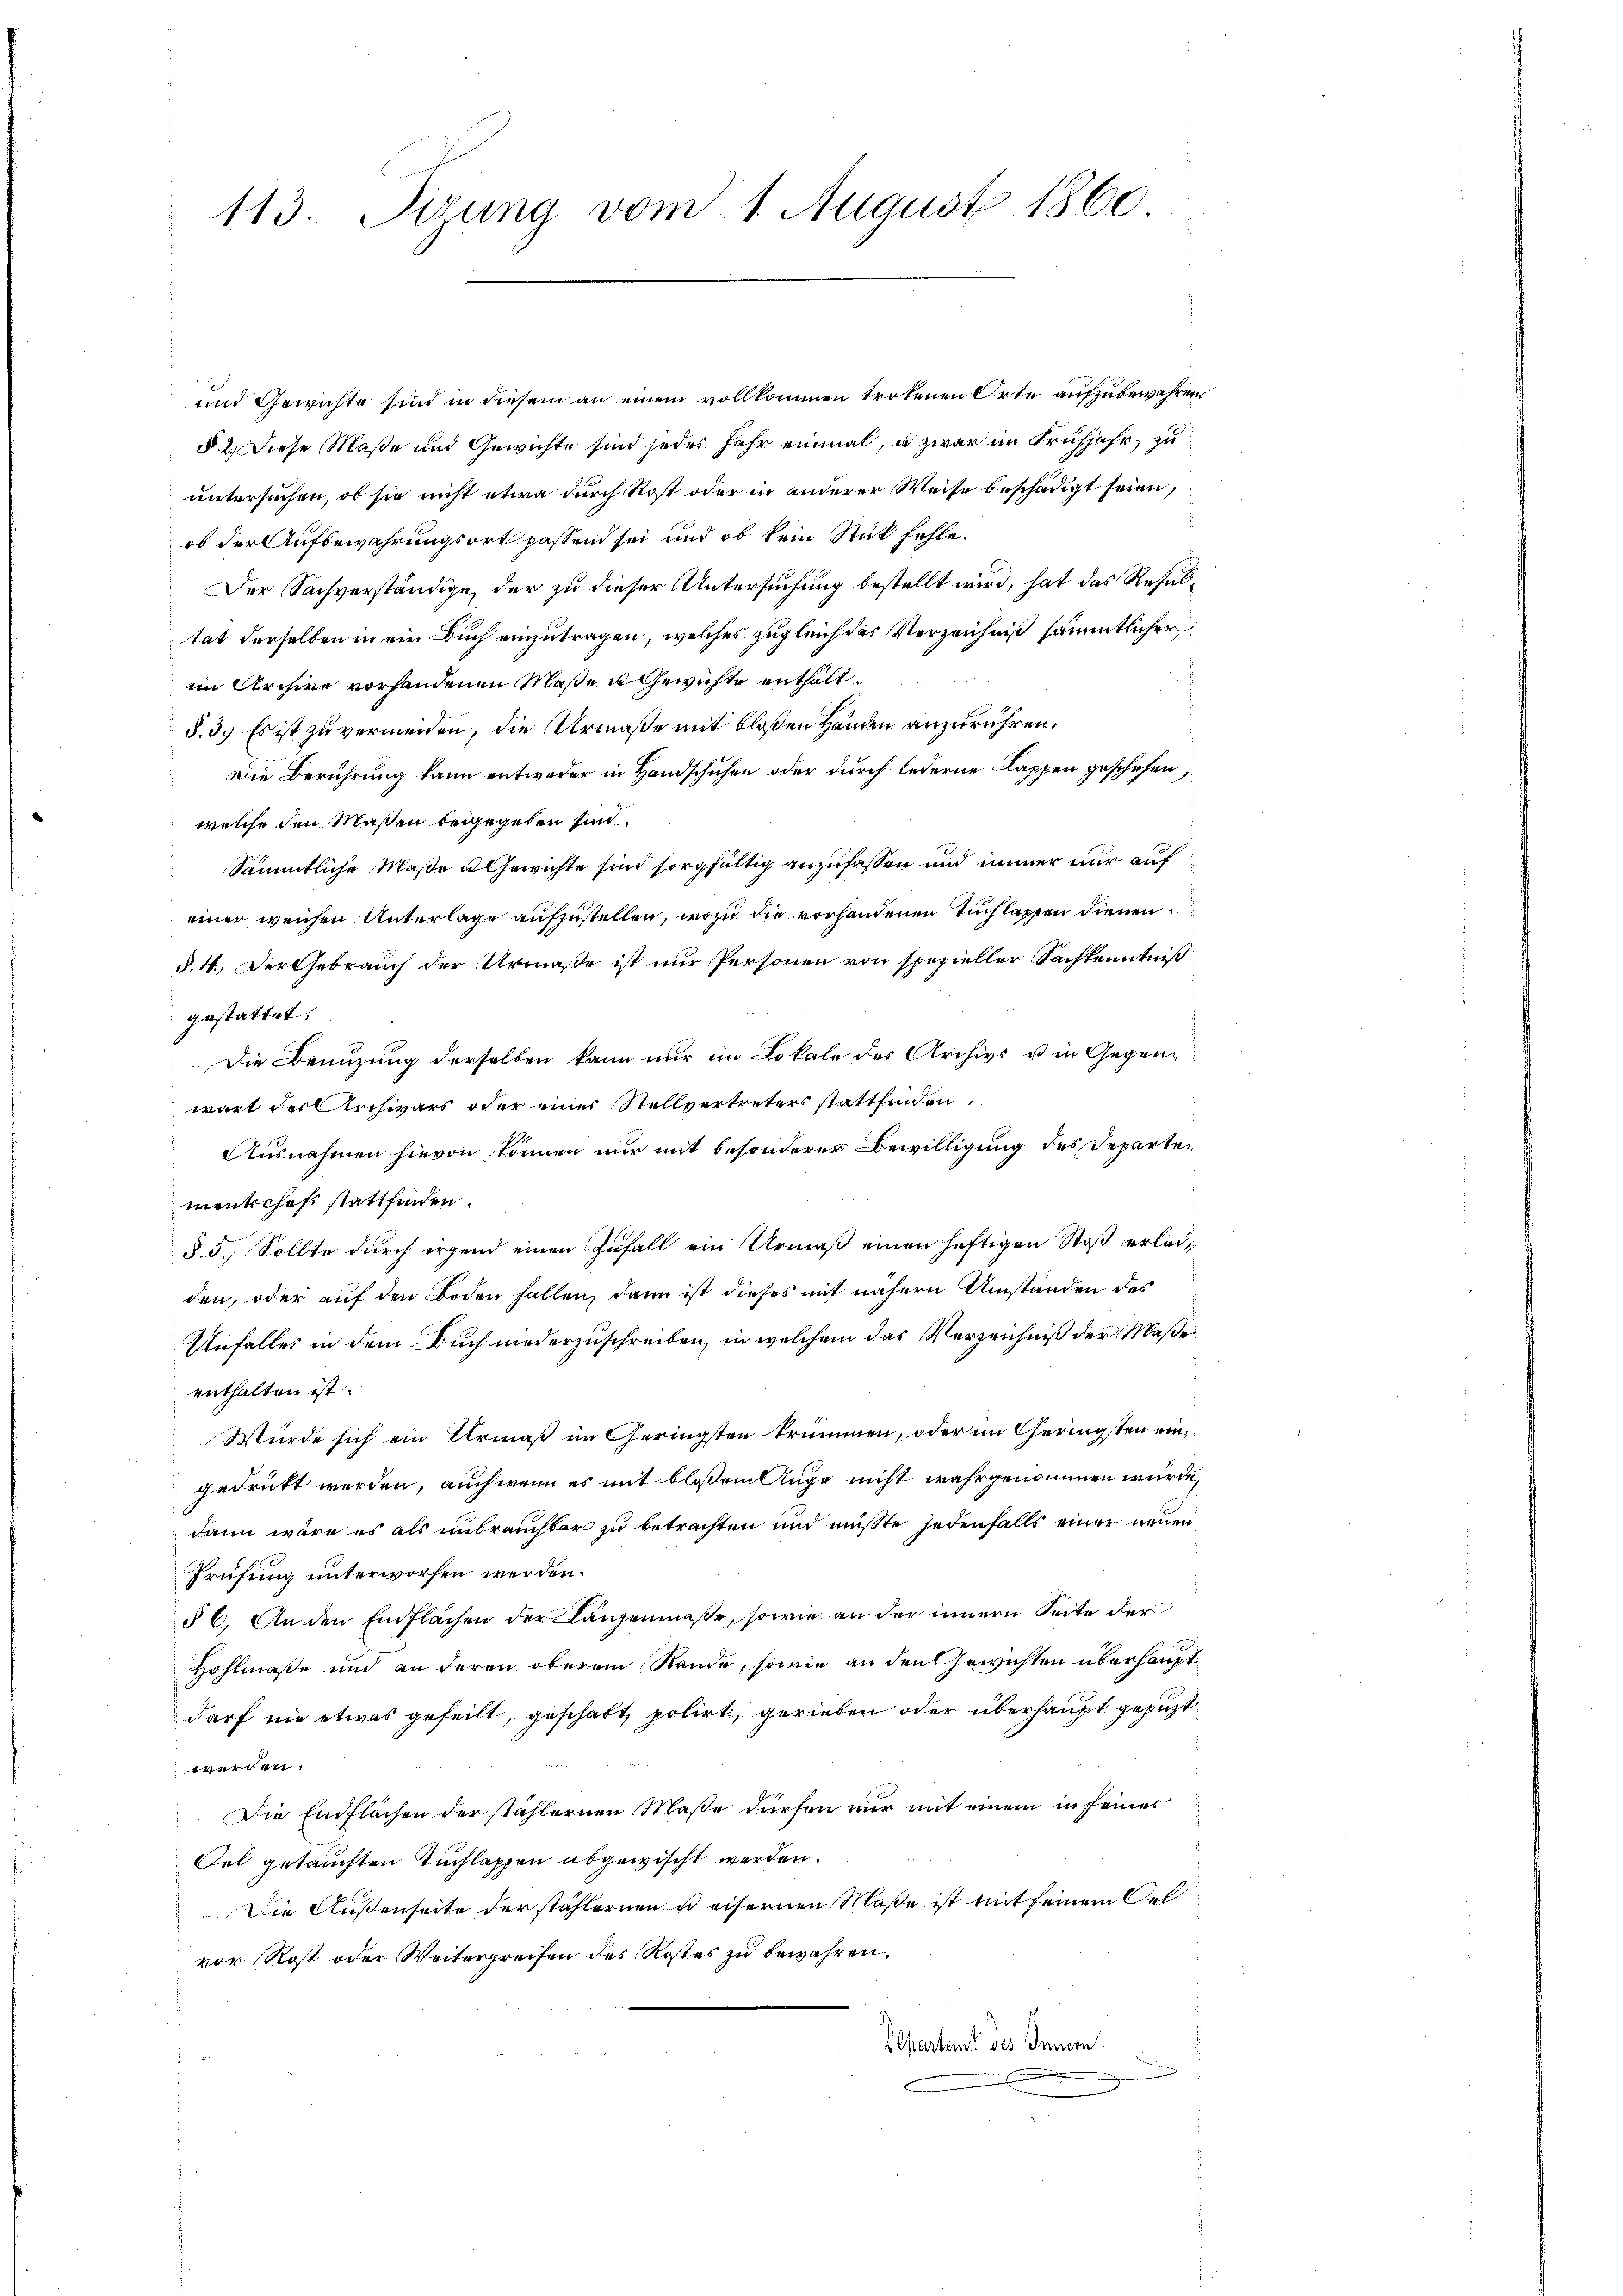
113. Sizung vom 1. August 1860.

und Gewichte sind in diesem an einem vollkommen trotenen Orte aufzubewahren.
§. 2. Diese Maße und Gewichte sind jedes Jahr einmal, u zwar im Frühjahr, zu
untersuchen, ob sie nicht etwa durch Rost oder in anderer Weise beschädigt seien,
ob der Aufbewahrungsort passend sei und ob kein Stück fehle.
Der Sachverständige, der zu dieser Untersuchung bestellt wird, hat das Resultat derselben in ein Buch einzutragen, welches zugleich das Verzeichniß sämmtlicher
im Archive vorhandenen Maße u Gewichte enthalt.
§. 3.) Es ist zu vermeiden, die Urmaße mit bloßen Händen anzurühren.
Die Berührung kann entweder in Handschuhen oder durch lederne Kappen geschehen,
welche den Maßen beigegeben sind.
Sämmtliche Maße u Gewichte sind sorgfältig anzufassen und immer nur auf
einer weichen Unterlage aufzustellen, wozu die vorhandenen Tuchlappen dienen
§. 4. Der Gebrauch der Urmaße ist nur Personen von spezieller Sachkenntniß
gestattet.
Die Brenzung derselben kann nur im Lokale des Archivs u in Gegenwart der Archivars oder einer Stellvertreters stattfinden.
Ausnahmen hievon können nur mit besonderer Bewilligung des Departementchefs stattfinden.
§. 5. Sollte durch irgend einen Zufall ein Urmaß einen heftigen Stoß erleiden, oder auf den Boden fallen, dann ist dieses mit nähern Umständen des
Unfalles in dem Buch niederzuschreiben, in welchem das Verzeichniß der Maße
enthalten ist.
Wurde sich ein Uhrmaß im Geringsten krummen, oder im Geringsten eingedrukt werden, auch wenn es mit bloßem Auge nicht wahrgenommen würde,
dann wäre es als unbrauchbar zu betrachten und müßte jedenfalls einer neuen
Prüfung unterworfen werden.
§ 6. An den Einflächen der Langenmaße, sowie an der innern Seite der
Hohlmaße und an deren oberem Rande, sowie an den Gewichten überhaupt
darf nie etwas geheilt, geschabt, polirt, gerieben oder überhaupt gepuzt
werden.
Die Endflächen der stählernen Maße dürfen nur mit einem in seines
Fel getauchten Tuchlappen abgewischt werden.
Die Außenseite der stahlernen u eisernen Maße ist mit seinem Oelvor Rost oder Weitergreifen des Kostes zu bewahren,
Departem des Innern.
.